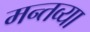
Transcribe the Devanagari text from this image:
मन्तव्या